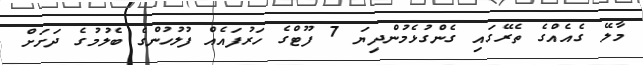
މާލޭ ގެއެއްގެ ތެރޭގައި ގެންގުޅެމުންދިޔަ 7 ފޫޓްގެ ހަރުފައެއް ފުލުހުންގެ ބެލުމުގެ ދަށަށް